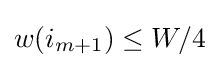
w(i_{m+1})\leq W/4